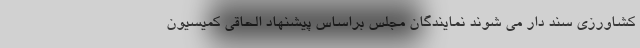
کشاورزی سند دار می شوند نمایندگان مجلس براساس پیشنهاد الحاقی کمیسیون